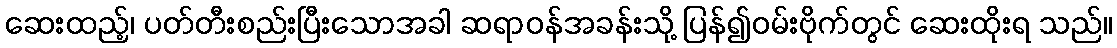
ဆေးထည့်၊ ပတ်တီးစည်းပြီးသောအခါ ဆရာဝန်အခန်းသို့ ပြန်၍ဝမ်းဗိုက်တွင် ဆေးထိုးရ သည်။